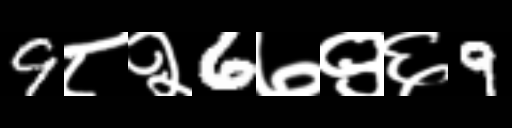
Text: 9८२6७९६9